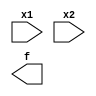
module light2(x1, x2, f);

input x1, x2;
output f;



endmodule